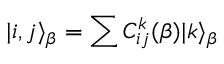
| i , j \rangle _ { \beta } = \sum C _ { i j } ^ { k } ( { \beta } ) | k \rangle _ { \beta }